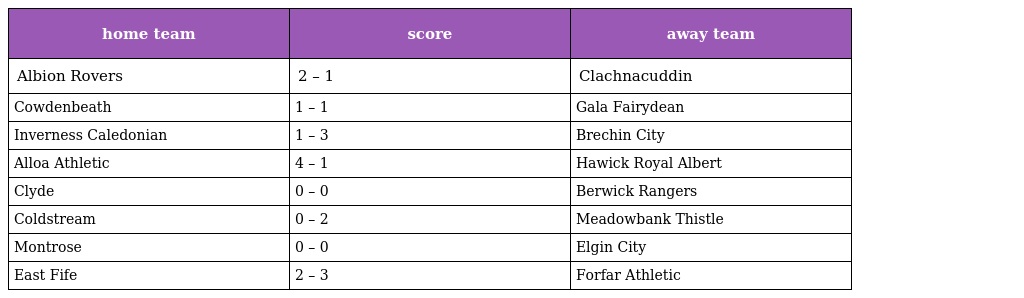
| home team | score | away team |
 | --- | --- | --- |
 | Albion Rovers | 2 – 1 | Clachnacuddin |
 | Cowdenbeath | 1 – 1 | Gala Fairydean |
 | Inverness Caledonian | 1 – 3 | Brechin City |
 | Alloa Athletic | 4 – 1 | Hawick Royal Albert |
 | Clyde | 0 – 0 | Berwick Rangers |
 | Coldstream | 0 – 2 | Meadowbank Thistle |
 | Montrose | 0 – 0 | Elgin City |
 | East Fife | 2 – 3 | Forfar Athletic |